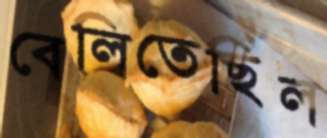
বেলিতেছিল